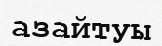
азайтуы